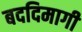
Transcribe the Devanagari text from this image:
बददिमागी